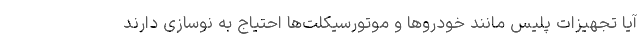
آیا تجهیزات پلیس مانند خودروها و موتورسیکلت‌ها احتیاج به نوسازی دارند